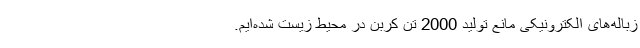
زباله‌های الکترونیکی مانع تولید 2000 تن کربن در محیط زیست شده‌ایم.